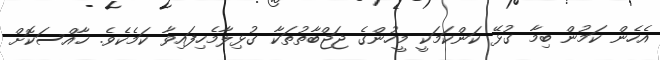
އެހެން ކަމުން ބިމާ ގުޅޭ ކަންކަމަކީ މީހުންގެ ޖަޖްބާތުތަކާ ގުޅިލާމެހިފައިވާ ކަމެކެވެ. ޚާއްސަކޮށް